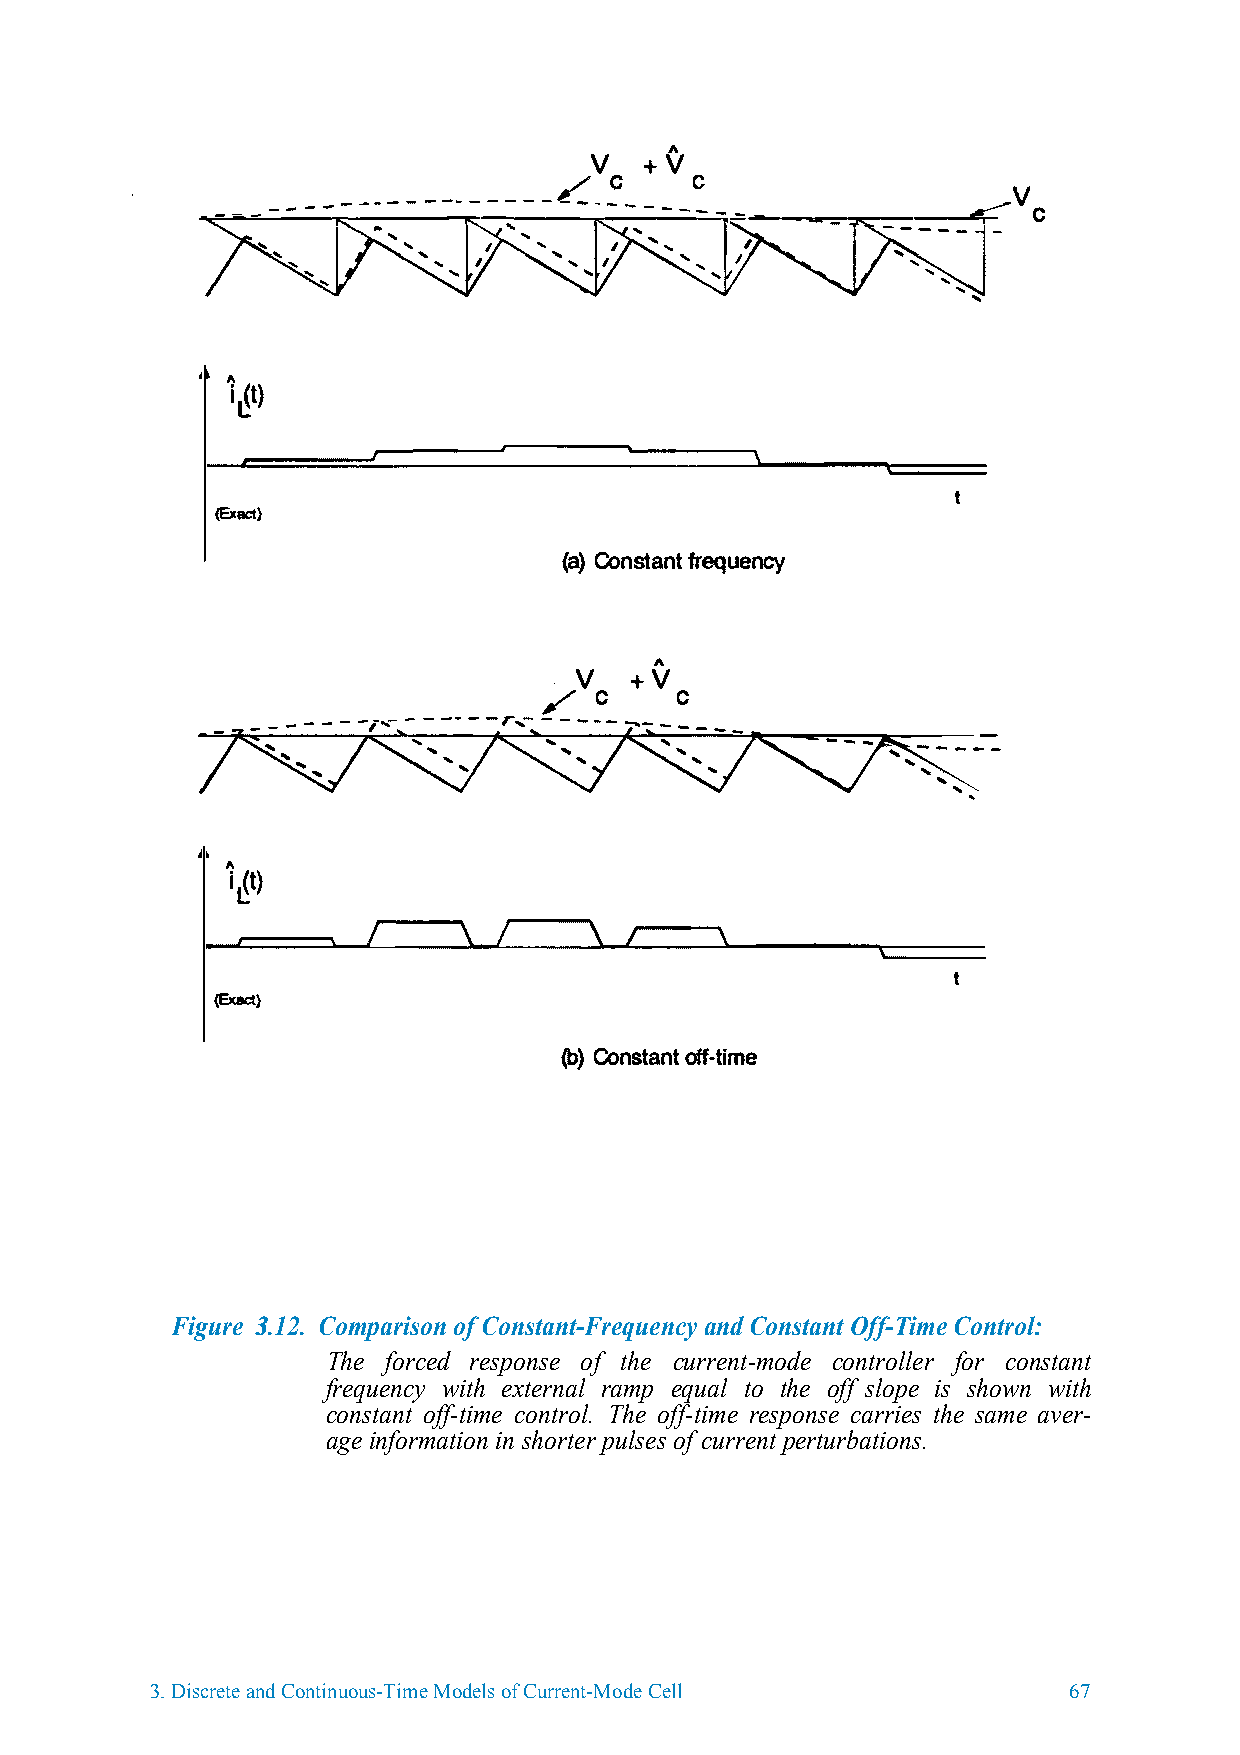
V   +V
 -.e:-;;;...;...---- �-- �--------- �-- --=-------- �- ���----_-__-_ c-
 _-,-�--------=-=-;-V==--e-- ----"'�
 I\
 i�t)
 t
 (Exact)
 (aC)onstafrneqtu ency
 V   +V
 /  c       c
 7,:    --...-,-'- -
 r ,�,
 ....
 ,' - - - �:- ---- - �---' - ----
 ',        '
 '
 '       '
 '
 '
 '
 ......                                   ,
 ...
 '
 I\
 i�t)
 t
 (Exact)
 (bC)onstoaffn-tt ime
 Figure 33..1122.. Comparison of Constant-Frequency and Constant Off-Time Control:
 The forced response of the current-mode controller for constant
 frequency with external ramp equal to the off slope is shown with
 constant off-time control. The off-time response carries the same aver-
 age information in shorter pulses of current perturbations.
 3.Discrete and Continuous-Time Models of Current-Mode Cell   67